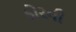
ડોરની